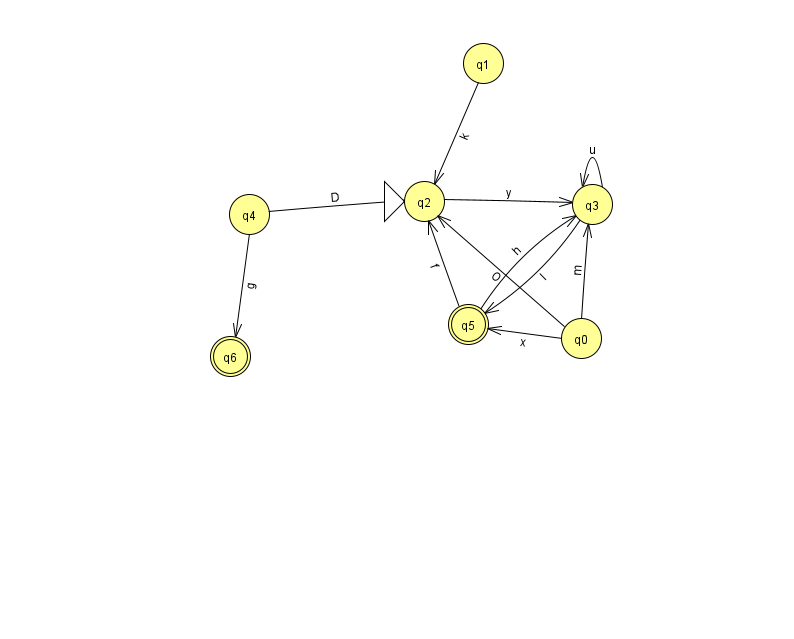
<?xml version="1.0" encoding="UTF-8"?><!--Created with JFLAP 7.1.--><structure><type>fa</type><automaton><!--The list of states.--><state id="0" name="q0"><x>581.0</x><y>325.0</y></state><state id="1" name="q1"><x>483.0</x><y>50.0</y></state><state id="2" name="q2"><x>424.0</x><y>188.0</y><initial/></state><state id="3" name="q3"><x>592.0</x><y>191.0</y></state><state id="4" name="q4"><x>249.0</x><y>201.0</y></state><state id="5" name="q5"><x>468.0</x><y>311.0</y><final/></state><state id="6" name="q6"><x>230.0</x><y>343.0</y><final/></state><!--The list of transitions.--><transition><from>4</from><to>2</to><read>D</read></transition><transition><from>4</from><to>6</to><read>g</read></transition><transition><from>0</from><to>3</to><read>m</read></transition><transition><from>0</from><to>2</to><read>O</read></transition><transition><from>5</from><to>3</to><read>h</read></transition><transition><from>3</from><to>3</to><read>u</read></transition><transition><from>3</from><to>5</to><read>I</read></transition><transition><from>0</from><to>5</to><read>x</read></transition><transition><from>1</from><to>2</to><read>k</read></transition><transition><from>2</from><to>3</to><read>y</read></transition><transition><from>5</from><to>2</to><read>f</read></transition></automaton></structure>